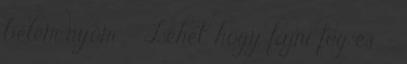
belém nyom. - Lehet, hogy fájni fog és. -